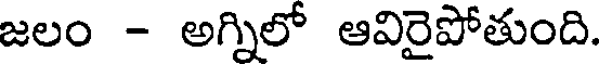
జలం - అగ్నిలో ఆవిరైపోతుంది.